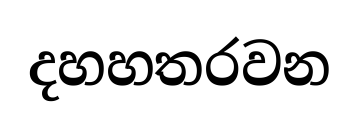
දහහතරවන